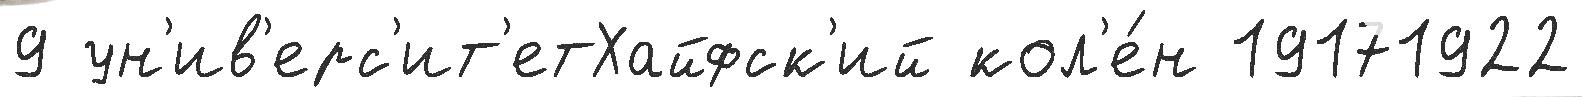
9 ун'ив'ерс'ит'етХайфск'ий кол'е́н 19171922